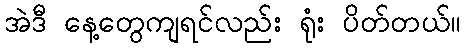
အဲဒီ နေ့တွေကျရင်လည်း ရုံး ပိတ်တယ်။